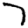
Digit: 7